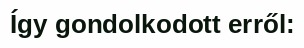
Így gondolkodott erről: